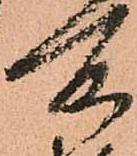
所